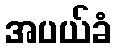
အပယ်ခံ